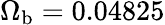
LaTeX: \Omega_{\mathrm{b}}=0.04825